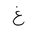
Letter: _gayn